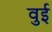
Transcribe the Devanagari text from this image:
वुई